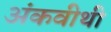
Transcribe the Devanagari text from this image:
अंकवीथी